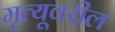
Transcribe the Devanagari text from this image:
मृत्यूवरील